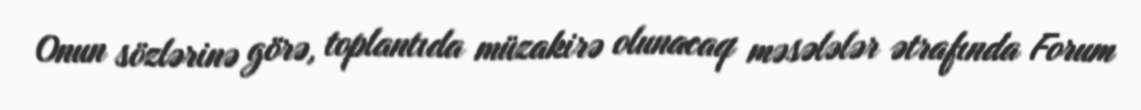
Onun sözlərinə görə, toplantıda müzakirə olunacaq məsələlər ətrafında Forum